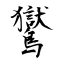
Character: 鸑